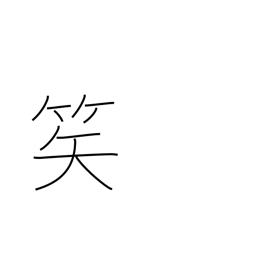
Meaning: arrow